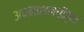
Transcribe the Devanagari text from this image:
अघनाशनतीर्थ